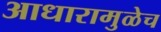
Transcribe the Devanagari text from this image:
आधारामुळेच